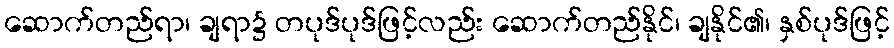
ဆောက်တည်ရာ၊ ချရာ၌ တပုဒ်ပုဒ်ဖြင့်လည်း ဆောက်တည်နိုင်၊ ချနိုင်၏၊ နှစ်ပုဒ်ဖြင့်